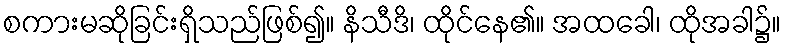
စကားမဆိုခြင်းရှိသည်ဖြစ်၍။ နိသီဒိ၊ ထိုင်နေ၏။ အထခေါ၊ ထိုအခါ၌။